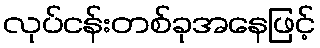
လုပ်ငန်းတစ်ခုအနေဖြင့်